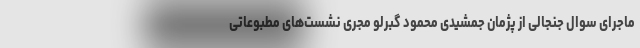
ماجرای سوال جنجالی از پژمان جمشیدی محمود گبرلو مجری نشست‌های مطبوعاتی